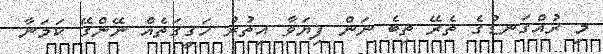
މި ރުއްގަނޑުގެ ތެރޭ ތިބެ ނަން ފިޔަވާ އިތުރު ހަގީގަތެއް ނޭންގޭ ކަމަނާ